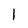
Character: I